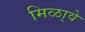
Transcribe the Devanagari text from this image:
मिळा्वे